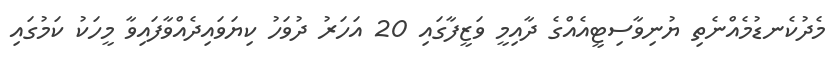
މެދުކެނޑުމެއްނެތި ޔުނިވާސިޓީއެއްގެ ދާއިމީ ވަޒީފާގައި 20 އަހަރު ދުވަހު ކިޔަވައިދެއްވާފައިވާ މީހަކު ކަމުގައި